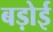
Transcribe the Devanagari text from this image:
बड़ोई